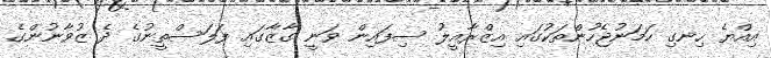
އިއްޔެ ހިނގި ހަމަނުޖެހުންތަކުގައި އިޒްރާއީލު ސިފައިން ވަނީ ގާޒާގައި ފަލަސްތީނުގެ ދެ ޒުވާނުންގެ